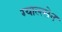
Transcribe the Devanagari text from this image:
ग्याल्त्सेन